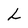
Character: L